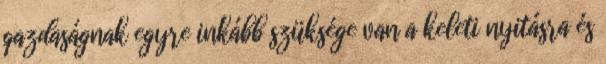
gazdaságnak egyre inkább szüksége van a keleti nyitásra és